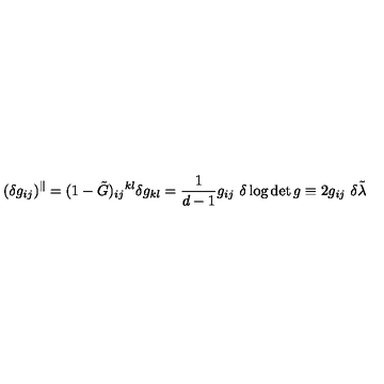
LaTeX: ( \delta g _ { i j } ) ^ { \Vert } = ( 1 - \tilde { G } ) _ { i j } { } ^ { k l } \delta g _ { k l } = \frac { 1 } { d - 1 } g _ { i j } \ \delta \log \det g \equiv 2 g _ { i j } \ \delta \tilde { \lambda }